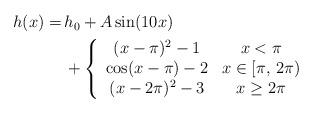
LaTeX: \begin{align*}\begin{aligned}h(x) =&\, h_0+A\sin(10x)\\&\,+\left\{\begin{array}{cc}(x-\pi)^2-1 & x < \pi\\\cos(x-\pi)-2 & x \in [\pi,\,2\pi)\\(x-2\pi)^2-3 & x \ge 2\pi\end{array}\right.\end{aligned}\end{align*}